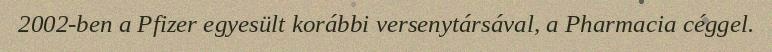
2002-ben a Pfizer egyesült korábbi versenytársával, a Pharmacia céggel.